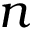
n